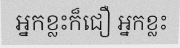
អ្នកខ្លះក៏ជឿ អ្នកខ្លះ